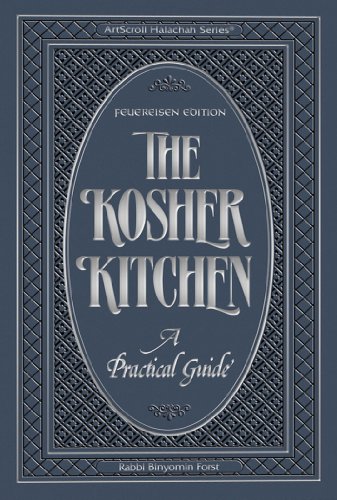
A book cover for The Kosher Kitchen: A Practical Guide : Feuereisen Edition (Artscroll Halachah; the Kosher Kitchen); Binyomin Forst; Cookbooks, Food & Wine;